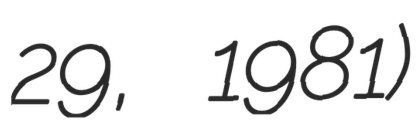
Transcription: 29, 1981)